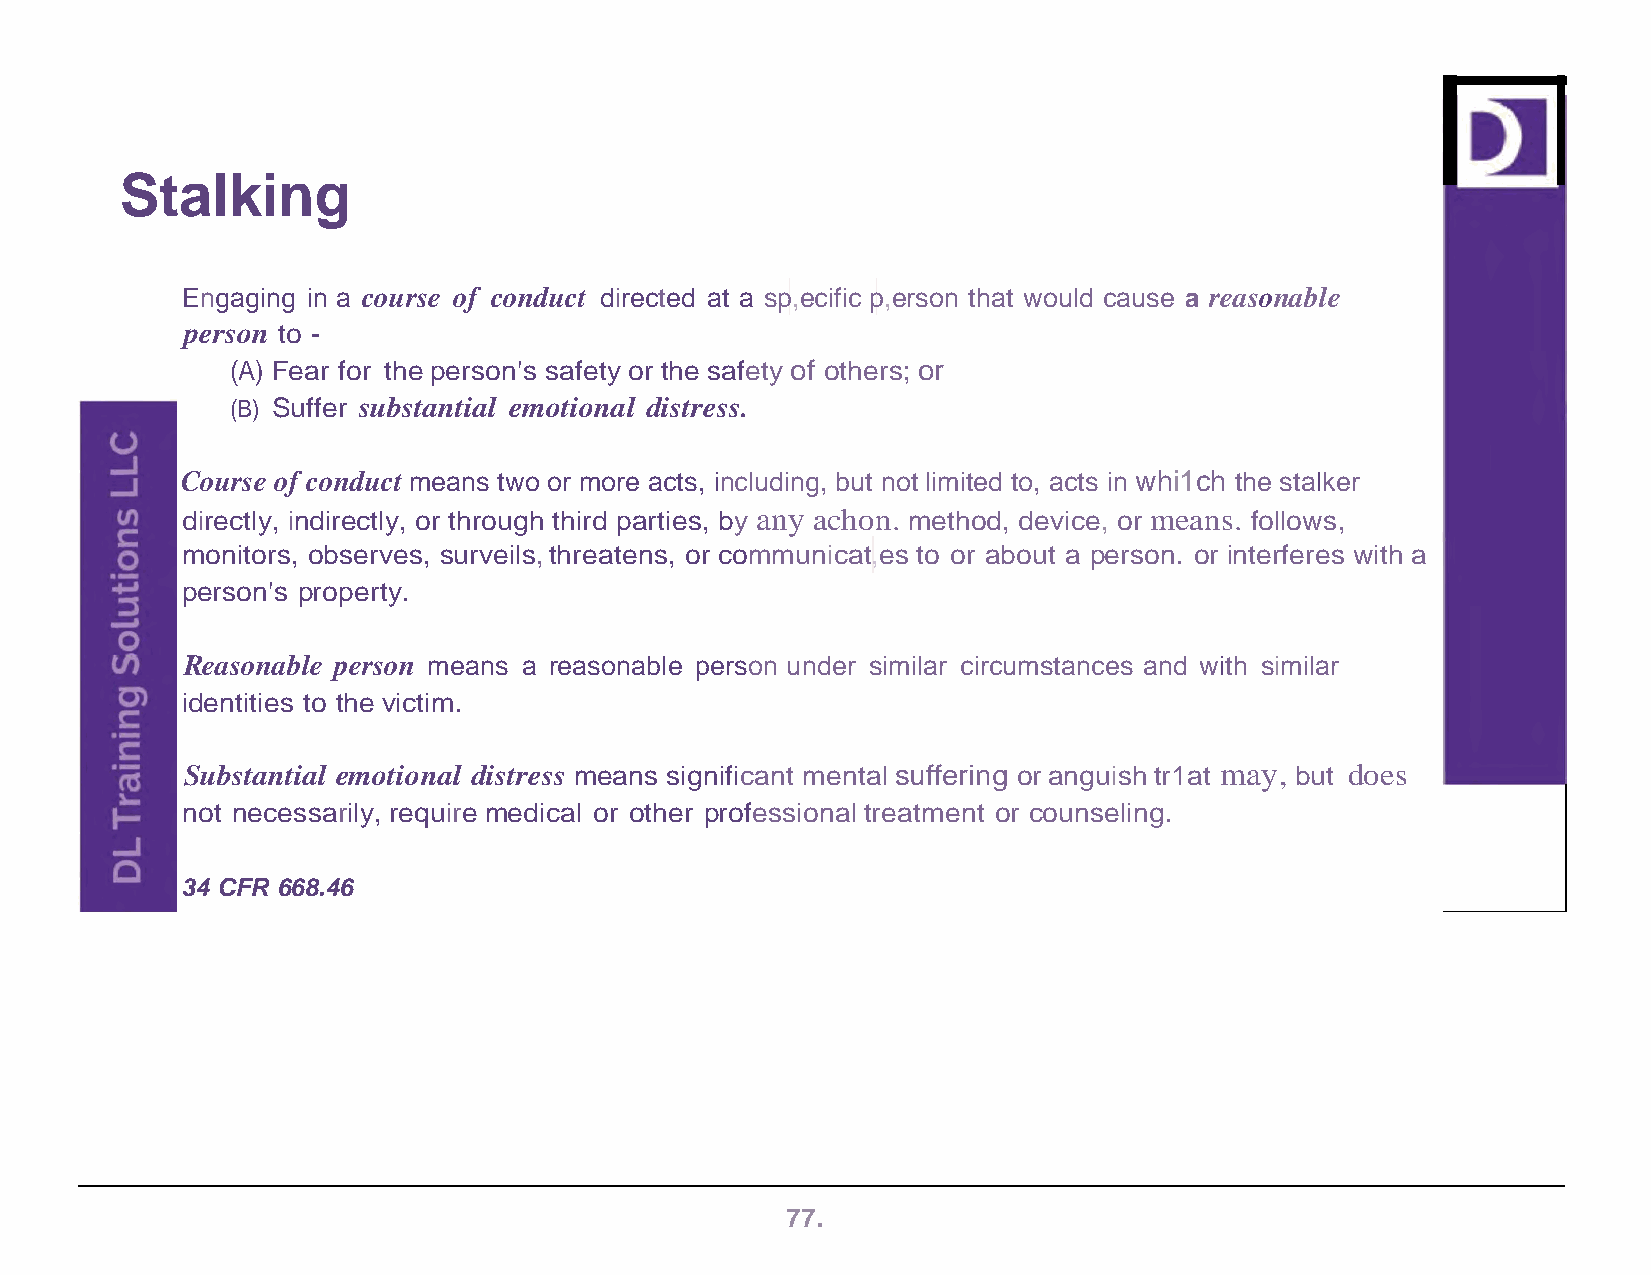
Stalking
 Engaging in a course of conduct directed at a sp,ecific p,erson that would cause a reasonable
 person to -
 (A) Fear for the person's safety or the safety of others; or
 (B) Suffer substantial emotional distress.
 Course of conduct means two or more acts, including, but not limited to, acts in whi1ch the stalker
 directly, indirectly, or through third parties, by any achon. method, device, or means. follows,
 monitors, observes, surveils, threatens, or communicat,es to or about a person. or interferes with a
 person's property.
 Reasonable person means a reasonable person under similar circumstances and with similar
 identities to the victim.
 Substantial emotional distress means significant mental suffering or anguish tr1at may, but does
 not necessarily, require medical or other professional treatment or counseling.
 34 CFR 668.46
 77.